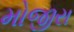
મોજીરા